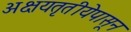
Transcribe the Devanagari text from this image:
अक्षयतृतीयेपासून